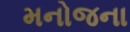
મનોજના